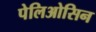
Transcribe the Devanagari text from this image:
पेलिओसिन